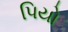
પિયો